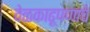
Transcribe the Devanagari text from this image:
वेळकाढूपणाचे